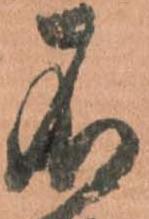
不